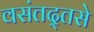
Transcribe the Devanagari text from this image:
वसंतद्तसे